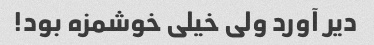
دیر آورد ولی خیلی خوشمزه بود!